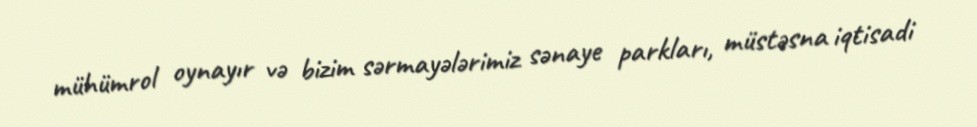
mühümrol oynayır və bizim sərmayələrimiz sənaye parkları, müstəsna iqtisadi